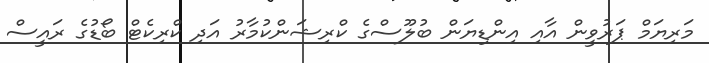
މަރިޔަމް ޕަރުވީން އާއި އިންޑިޔަން ބުލޫސްގެ ކްރިޝަންކުމާރު އަދި ކްރިކެޓް ބޯޑުގެ ރައީސް